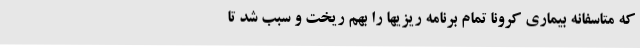
که متاسفانه بیماری کرونا تمام برنامه ریزیها را بهم ریخت و سبب شد تا